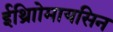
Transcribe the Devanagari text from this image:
ईथ्राोिमायसिन